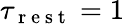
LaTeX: \tau_{\mathrm{~r~e~s~t~}}=1